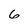
Character: 6